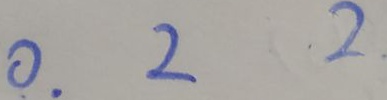
0 . 2 2